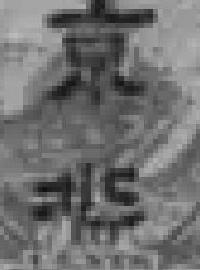
京*